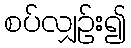
စပ်လျှဉ်း၍